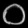
Digit: ၀